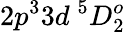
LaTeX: {2p^{3}3d~^{5}D_{2}^{o}}